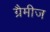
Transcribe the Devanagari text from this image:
ग्रैमीज